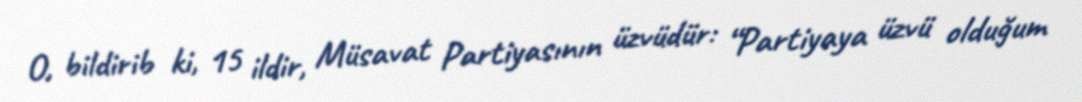
O, bildirib ki, 15 ildir, Müsavat Partiyasının üzvüdür: “Partiyaya üzvü olduğum